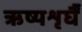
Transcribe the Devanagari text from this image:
ऋष्यशृर्घैं